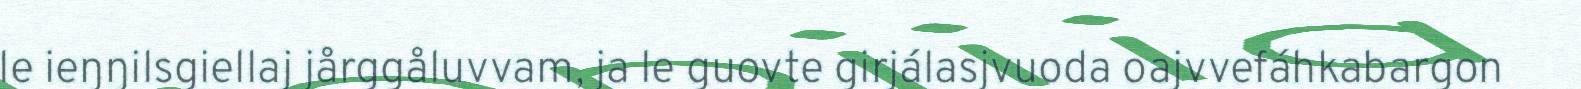
le ieŋŋilsgiellaj jårggåluvvam, ja le guovte girjálasjvuoda oajvvefáhkabargon